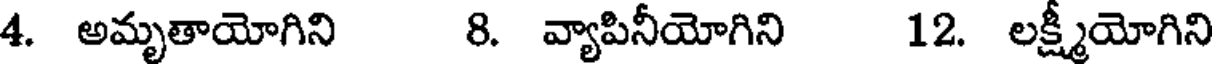
4. అమృతాయోగిని 8. వ్యాపినీయోగిని 12. లక్ష్మయోగిని